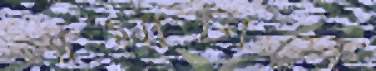
নামাটাকে